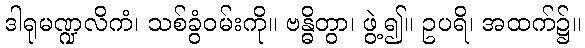
ဒါရုမဏ္ဍလိကံ၊ သစ်ခွံဝမ်းကို။ ဗန္ဓိတွာ၊ ဖွဲ့၍။ ဥပရိ၊ အထက်၌။